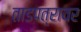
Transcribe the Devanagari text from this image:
ताडपत्रावर